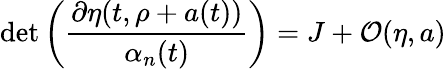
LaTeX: \operatorname*{det}\left(\frac{\partial\eta(t,\rho+a(t))}{\alpha_{n}(t)}\right)=J+{\cal O}(\eta,a)